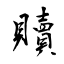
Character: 贖